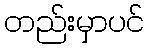
တည်းမှာပင်